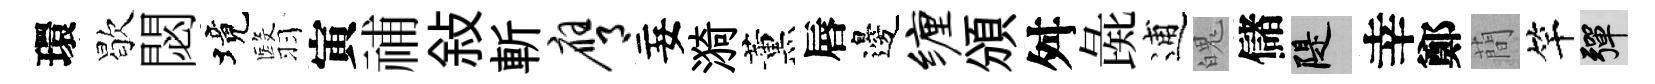
環歇閟境翳寅𥙷敍斬膺妄漪薰唇邊缠頒舛彘逋魄儲堤幸鄭蕳竿彈